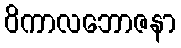
ဝိကာလဘောဇနာ